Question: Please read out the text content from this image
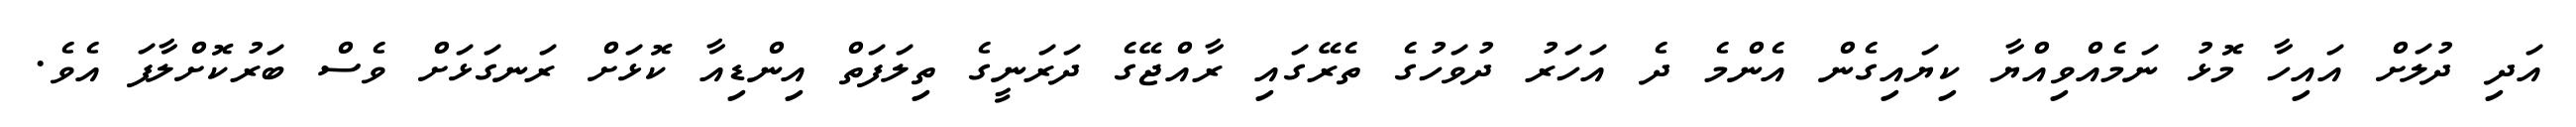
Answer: އަދި ދުލަށް އައިހާ މޮޅު ނަމެއްވިއްޔާ ކިޔައިގެން އެންމެ ދެ އަހަރު ދުވަހުގެ ތެރޭގައި ރާއްޖޭގެ ދަރަނީގެ ތިލަފަތް އިންޑިއާ ކޮޅަށް ރަނގަޅަށް ވެސް ބަރުކޮށްލާފަ އެވެ.